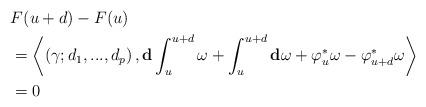
LaTeX: \begin{align*}& F(u+d)-F(u)\\& =\left\langle \left( \gamma;d_{1},...,d_{p}\right) ,\mathbf{d}\int_{u}^{u+d}\omega+\int_{u}^{u+d}\mathbf{d}\omega+\varphi_{u}^{\ast}\omega-\varphi_{u+d}^{\ast}\omega\right\rangle \\& =0\end{align*}